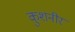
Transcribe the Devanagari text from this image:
कुशनीर